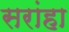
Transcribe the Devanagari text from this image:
सरांहा